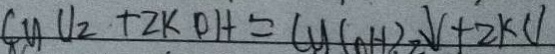
C y U 2 + 2 K 0 H = C y ( O H ) \downarrow + 2 K U